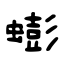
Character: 蟛